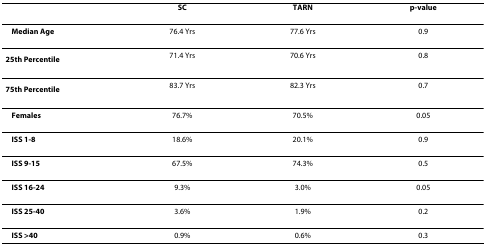
|  | SC | TARN | p-value |
 | --- | --- | --- | --- |
 | Median Age | 76.4 Yrs | 77.6 Yrs | 0.9 |
 | 25th Percentile | 71.4 Yrs | 70.6 Yrs | 0.8 |
 | 75th Percentile | 83.7 Yrs | 82.3 Yrs | 0.7 |
 | Females | 76.7% | 70.5% | 0.05 |
 | ISS 1-8 | 18.6% | 20.1% | 0.9 |
 | ISS 9-15 | 67.5% | 74.3% | 0.5 |
 | ISS 16-24 | 9.3% | 3.0% | 0.05 |
 | ISS 25-40 | 3.6% | 1.9% | 0.2 |
 | ISS >40 | 0.9% | 0.6% | 0.3 |